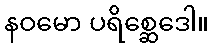
နဝမော ပရိစ္ဆေဒေါ။